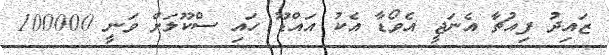
ޒައިދު ފިއުޗާ އެނަޖީ އެވޯޑާ އެކު އައްޑޫ ހައި ސްކޫލަށް ވަނީ 100000